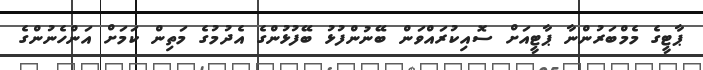
ޕާޓީގެ މެމްބަރުންނާ ޕާޓީއަށް ސޮއިކުރައްވަން ބޭނުންފުޅު ބޭފުޅުންގެ އެދުމުގެ މަތިން ކަމަށް އަންހެނުންގެ